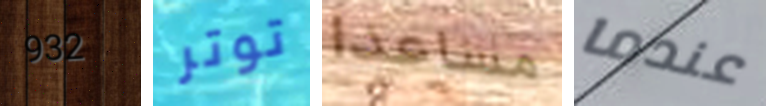
932 توتر مساعدا عندما